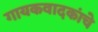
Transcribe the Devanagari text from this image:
गायकवादकांचे